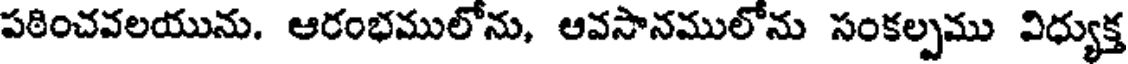
పఠించవలయును. ఆరంభములోను, ఆవసానములోను సంకల్పము విధ్యుక్త